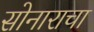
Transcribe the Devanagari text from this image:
सोनाराचा